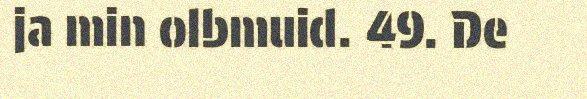
ja min olbmuid. 49. De